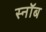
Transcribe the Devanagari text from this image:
स्नॉब